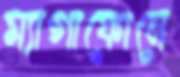
ম্যাগাফোনে